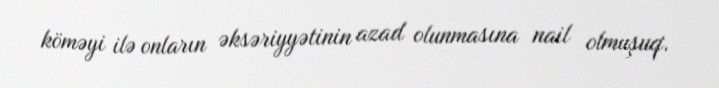
köməyi ilə onların əksəriyyətinin azad olunmasına nail olmuşuq.